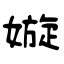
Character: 嫙